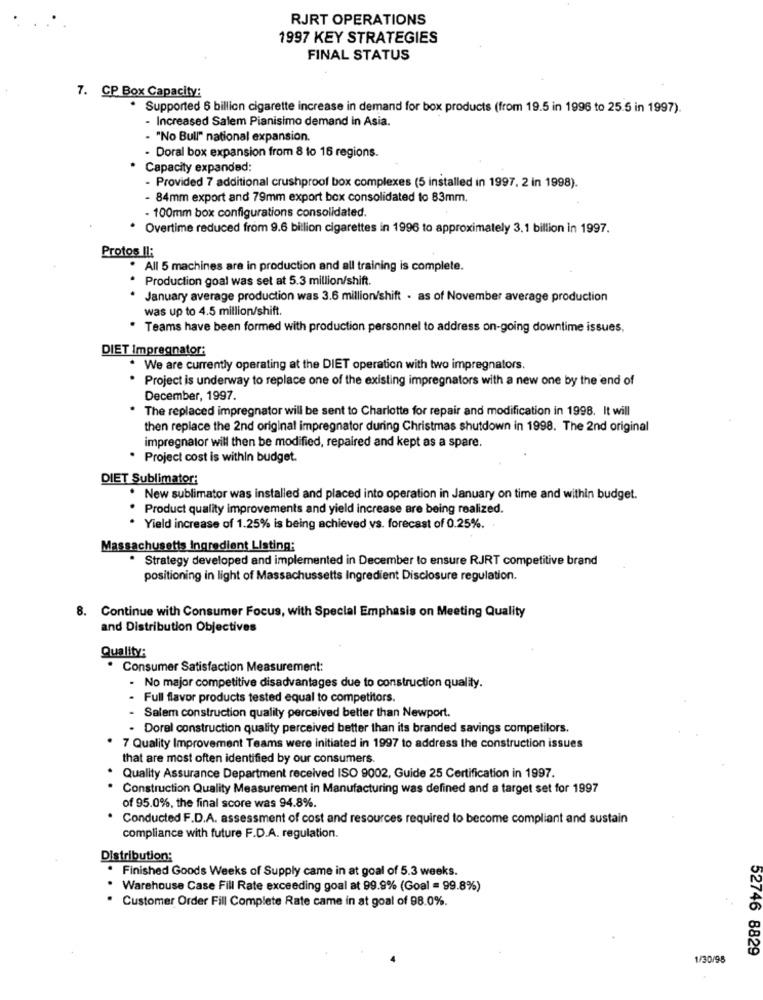
RJRT OPERATIONS
1997 KEY STRATEGIES
FINAL STATUS
7. CP Box Capacity:
· Supported 6 billion cigarette increase in demand for box products (from 19.5 in 1996 to 25.5 in 1997).
- Increased Salem Pianisimo demand in Asia.
. "No Bull" national expansion.
- Doral box expansion from 8 to 16 regions.
Capacity expanded:
- Provided 7 additional crushproof box complexes (5 installed in 1997, 2 in 1998).
- 84mm export and 79mm export box consolidated to 83mm.
- 100mm box configurations consolidated.
· Overtime reduced from 9.6 billion cigarettes in 1996 to approximately 3.1 billion in 1997.
Protos II:
. All 5 machines are in production and all training is complete.
. Production goal was set at 5.3 million/shift.
. January average production was 3.6 million/shift . as of November average production
was up to 4.5 million/shift.
. Teams have been formed with production personnel to address on-going downtime issues,
DIET Impregnator:
We are currently operating at the DIET operation with two impregnators.
Project is underway to replace one of the existing impregnators with a new one by the end of
December, 1997.
The replaced impregnator will be sent to Charlotte for repair and modification in 1998. It will
then replace the 2nd original impregnator during Christmas shutdown in 1998. The 2nd original
impregnator will then be modified, repaired and kept as a spare.
. Project cost is within budget.
DIET Sublimator:
New sublimator was installed and placed into operation in January on time and within budget.
Product quality improvements and yield increase are being realized.
. Yield increase of 1.25% is being achieved vs. forecast of 0.25%.
Massachusetts Ingredient Listing:
.
Strategy developed and implemented in December to ensure RJRT competitive brand
positioning in light of Massachussetts Ingredient Disclosure regulation.
8. Continue with Consumer Focus, with Special Emphasis on Meeting Quality
and Distribution Objectives
Quality:
Consumer Satisfaction Measurement:
- No major competitive disadvantages due to construction quality.
- Full flavor products tested equal to competitors.
- Salem construction quality perceived better than Newport.
Dorel construction quality perceived better than its branded savings competitors.
7 Quality Improvement Teams were initiated in 1997 to address the construction issues
that are most often identified by our consumers.
Quality Assurance Department received ISO 9002, Guide 25 Certification in 1997.
Construction Quality Measurement in Manufacturing was defined and a target set for 1997
of 95.0%, the final score was 94.8%.
Conducted F.D.A. assessment of cost and resources required to become compliant and sustain
compliance with future F.D.A. regulation.
Distribution:
Finished Goods Weeks of Supply came in at goal of 5.3 weeks.
Warehouse Case Fill Rate exceeding goal at 99.9% (Goal = 99.8%)
· Customer Order Fill Complete Rate came in at goal of 98.0%.
52746 8829
1/30/98